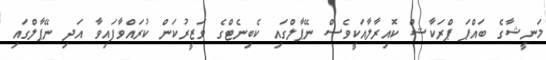
މަނީޝާގެ ބައްޕަ ޕްރަކާޝް ކޮއިރާލާއަކީވެސް ނޭޕާލްގައި ކެބިނެޓްގެ ވަޒީރުކަން ކުރައްވާފައިވާ އަދި ނޭޕާލްގައި